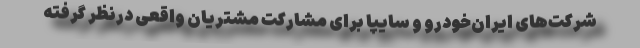
شرکت‌های ایران‌خودرو و سایپا برای مشارکت مشتریان واقعی درنظر گرفته